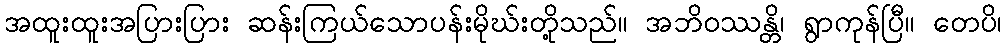
အထူးထူးအပြားပြား ဆန်းကြယ်သောပန်းမိုဃ်းတို့သည်။ အဘိဝဿန္တိ၊ ရွာကုန်ပြီ။ တေပိ၊